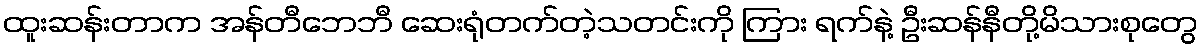
ထူးဆန်းတာက အန်တီဘေဘီ ဆေးရုံတက်တဲ့သတင်းကို ကြား ရက်နဲ့ ဦးဆန်နီတို့မိသားစုတွေ